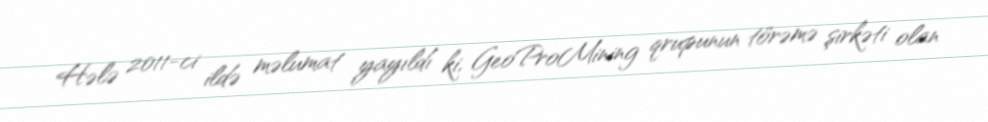
Hələ 2011-ci ildə məlumat yayıldı ki, GeoProMining qrupunun törəmə şirkəti olan